Education and care of mentally and physically defective children, 1937
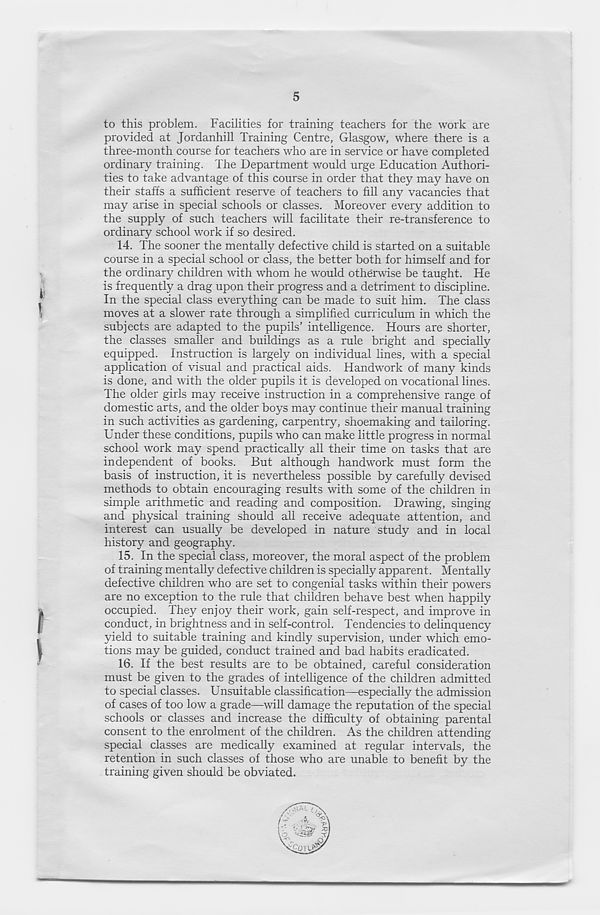
5
to this problem. Facilities for training teachers for the work are
provided at Jordanhill Training Centre, Glasgow, where there is a
three-month course for teachers who are in service or have completed
ordinary training. The Department would urge Education Authori-
ties to take advantage of this course in order that they may have on
their staffs a sufficient reserve of teachers to fill any vacancies that
may arise in special schools or classes. Moreover every addition to
the supply of such teachers will facilitate their re-transference to
ordinary school work if so desired.
14. The sooner the mentally defective child is started on a suitable
course in a special school or class, the better both for himself and for
the ordinary children with whom he would otherwise be taught. He
is frequently a drag upon their progress and a detriment to discipline.
In the special class everything can be made to suit him. The class
moves at a slower rate through a simplified curriculum in which the
subjects are adapted to the pupils’ intelligence. Hours are shorter,
the classes smaller and buildings as a rule bright and specially
equipped. Instruction is largely on individual lines, with a special
application of visual and practical aids. Handwork of many kinds
is done, and with the older pupils it is developed on vocational lines.
The older girls may receive instruction in a comprehensive range of
domestic arts, and the older boys may continue their manual training
in such activities as gardening, carpentry, shoemaking and tailoring.
Under these conditions, pupils who can make little progress in normal
school work may spend practically all their time on tasks that are
independent of books. But although handwork must form the
basis of instruction, it is nevertheless possible by carefully devised
methods to obtain encouraging results with some of the children in
simple arithmetic and reading and composition. Drawing, singing
and physical training should all receive adequate attention, and
interest can usually be developed in nature study and in local
history and geography.
15. In the special class, moreover, the moral aspect of the problem
of training mentally defective children is specially apparent. Mentally
defective children who are set to congenial tasks within their powers
are no exception to the rule that children behave best when happily
occupied. They enjoy their work, gain self-respect, and improve in
conduct, in brightness and in self-control. Tendencies to delinquency
yield to suitable training and kindly supervision, under which emo-
tions may be guided, conduct trained and bad habits eradicated.
16. If the best results are to be obtained, careful consideration
must be given to the grades of intelligence of the children admitted
to special classes. Unsuitable classification—especially the admission
of cases of too low a grade—will damage the reputation of the special
schools or classes and increase the difficulty of obtaining parental
consent to the enrolment of the children. As the children attending
special classes are medically examined at regular interval.^, the
retention in such classes of those who are unable to benefit by the
training given should be obviated.